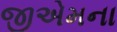
જીએમના